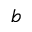
b